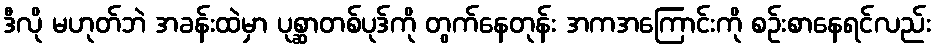
ဒီလို မဟုတ်ဘဲ အခန်းထဲမှာ ပုစ္ဆာတစ်ပုဒ်ကို တွက်နေတုန်း အကအကြောင်းကို စဉ်းစာနေရင်လည်း